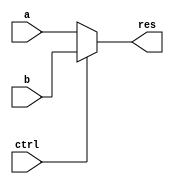
module mux2 #(parameter WIDTH = 8) (
    input  wire[WIDTH-1:0] a, b,
    input  wire ctrl,
    output wire[WIDTH-1:0] res
);
    assign res = ctrl ? b : a;
endmodule